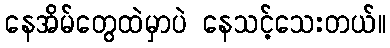
နေအိမ်တွေထဲမှာပဲ နေသင့်သေးတယ်။